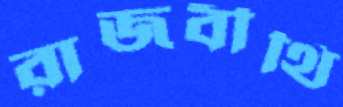
রাজবীথি